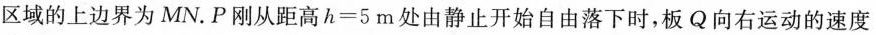
区域的上边界为MN.P刚从距高$$h = 5$$m处由静止开始自由落下时，板Q向右运动的速度